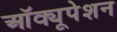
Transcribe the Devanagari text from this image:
ऑक्यूपेशन